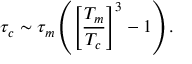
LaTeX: \tau _ { c } \sim \tau _ { m } \left( \left[ \frac { T _ { m } } { T _ { c } } \right] ^ { 3 } - 1 \right) .